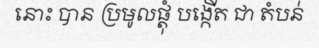
នោះ បាន ប្រមូលផ្តុំ បង្កើត ជា តំបន់